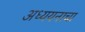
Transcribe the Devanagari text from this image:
अध्ययनाचा